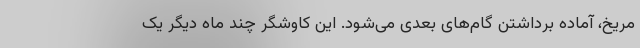
مریخ، آماده برداشتن گام‌های بعدی می‌شود. این کاوشگر چند ماه دیگر یک